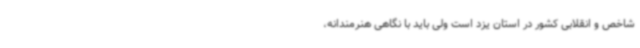
شاخص و انقلابی کشور در استان یزد است ولی باید با نگاهی هنرمندانه،